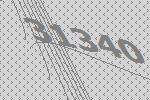
31340